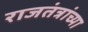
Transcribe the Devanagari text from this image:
राजतंत्रांच्या